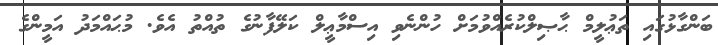
ބަންގާޅުގައި ތަޢުލީމް ޙާޞިލްކުރެއްވުމަށް ހުންނެވި އިސްމާޢީލް ކަލޭފާނުގެ ތުއްތު އެވެ. މުޙައްމަދު އަމީންގެ